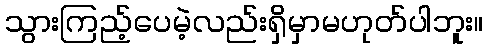
သွားကြည့်ပေမဲ့လည်းရှိမှာမဟုတ်ပါဘူး။